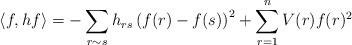
LaTeX: \begin{align*}\langle f, hf \rangle = -\sum_{r \sim s} h_{rs}\left(f(r) - f(s)\right)^2 + \sum_{r=1}^n V(r) f(r)^2 \end{align*}